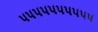
૫૫૫૫૫૫૫૫૫૫